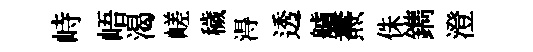
峙峿渴嵯穢淂透艫燾侏鐫澄